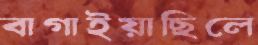
বাগাইয়াছিলে